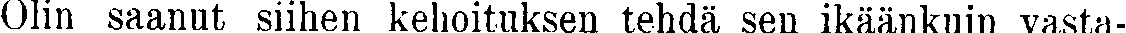
Olin saanut siihen kehoituksen tehdä sen ikäänkuin vasta-